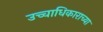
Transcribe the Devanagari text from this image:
उच्चाधिकाराच्या